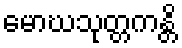
မောဃသုတ္တကန္တိ